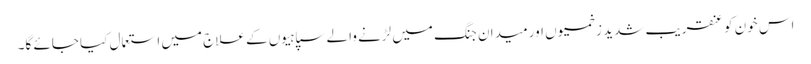
اس خون کو عنقریب شدید زخمیوں اور میدان جنگ میں لڑنے والے سپاہیوں کے علاج میں استعمال کیا جائے گا۔